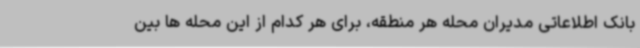
بانک اطلاعاتی مدیران محله هر منطقه، برای هر کدام از این محله ها بین